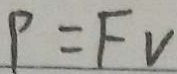
P = F v